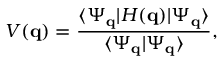
V ( \mathbf { q } ) = \frac { \langle \Psi _ { \mathbf { q } } | H ( \mathbf { q } ) | \Psi _ { \mathbf { q } } \rangle } { \langle \Psi _ { \mathbf { q } } | \Psi _ { \mathbf { q } } \rangle } ,